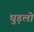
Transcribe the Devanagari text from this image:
घुड़लो